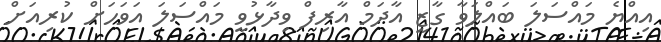
އިއްޔެ މައްސަލަ ބައްލަވާ ގާޒީ އާދަމް އާރިފް ވިދާޅުވީ މައްސަލަ އަވަހަށް ކުރިއަށް